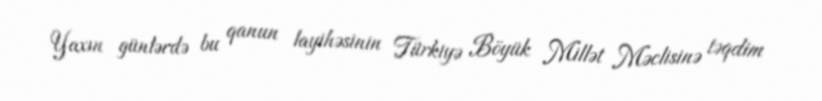
Yaxın günlərdə bu qanun layihəsinin Türkiyə Böyük Millət Məclisinə təqdim